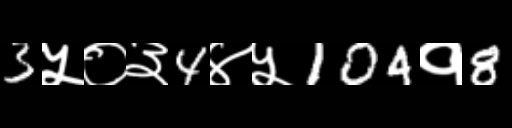
Text: 3५०३4४५104१8